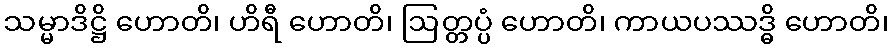
သမ္မာဒိဋ္ဌိ ဟောတိ၊ ဟိရီ ဟောတိ၊ ဩတ္တပ္ပံ ဟောတိ၊ ကာယပဿဒ္ဓိ ဟောတိ၊